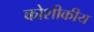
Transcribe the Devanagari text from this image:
कोशीकीय